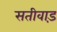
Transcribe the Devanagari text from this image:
सतीवाड़